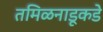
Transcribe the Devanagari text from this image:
तमिळनाडूकडे